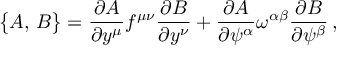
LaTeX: \bigl \{ A , \, B \bigr \} = { \frac { \partial A } { \partial y ^ { \mu } } } f ^ { \mu \nu } { \frac { \partial B } { \partial y ^ { \nu } } } + { \frac { \partial A } { \partial \psi ^ { \alpha } } } \omega ^ { \alpha \beta } { \frac { \partial B } { \partial \psi ^ { \beta } } } \, ,